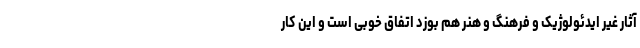
آثار غیر ایدئولوژیک و فرهنگ و هنر هم بوزد اتفاق خوبی است و این کار